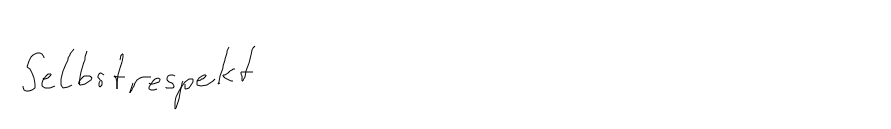
Selbstrespekt